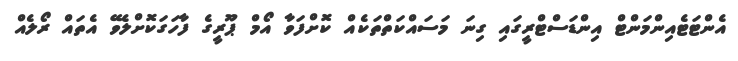
އެންޓަޓެއިންމަންޓް އިންޑަސްޓްރީގައި ގިނަ މަސައްކަތްތަކެއް ކޮށްފަވާ އޯމް ޕޫރީގެ ފާހަގަކޮށްލެވޭ އެތައް ރޯލެއް